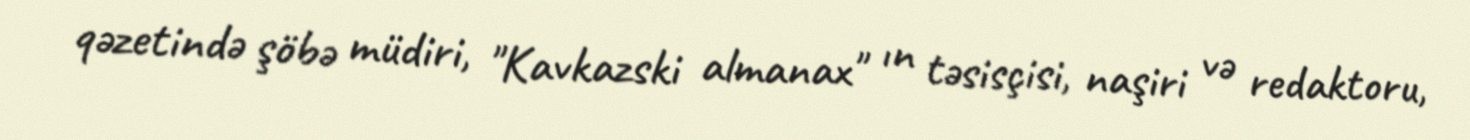
qəzetində şöbə müdiri, "Kavkazski almanax" ın təsisçisi, naşiri və redaktoru,